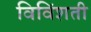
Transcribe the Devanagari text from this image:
विविंशती